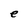
Character: e